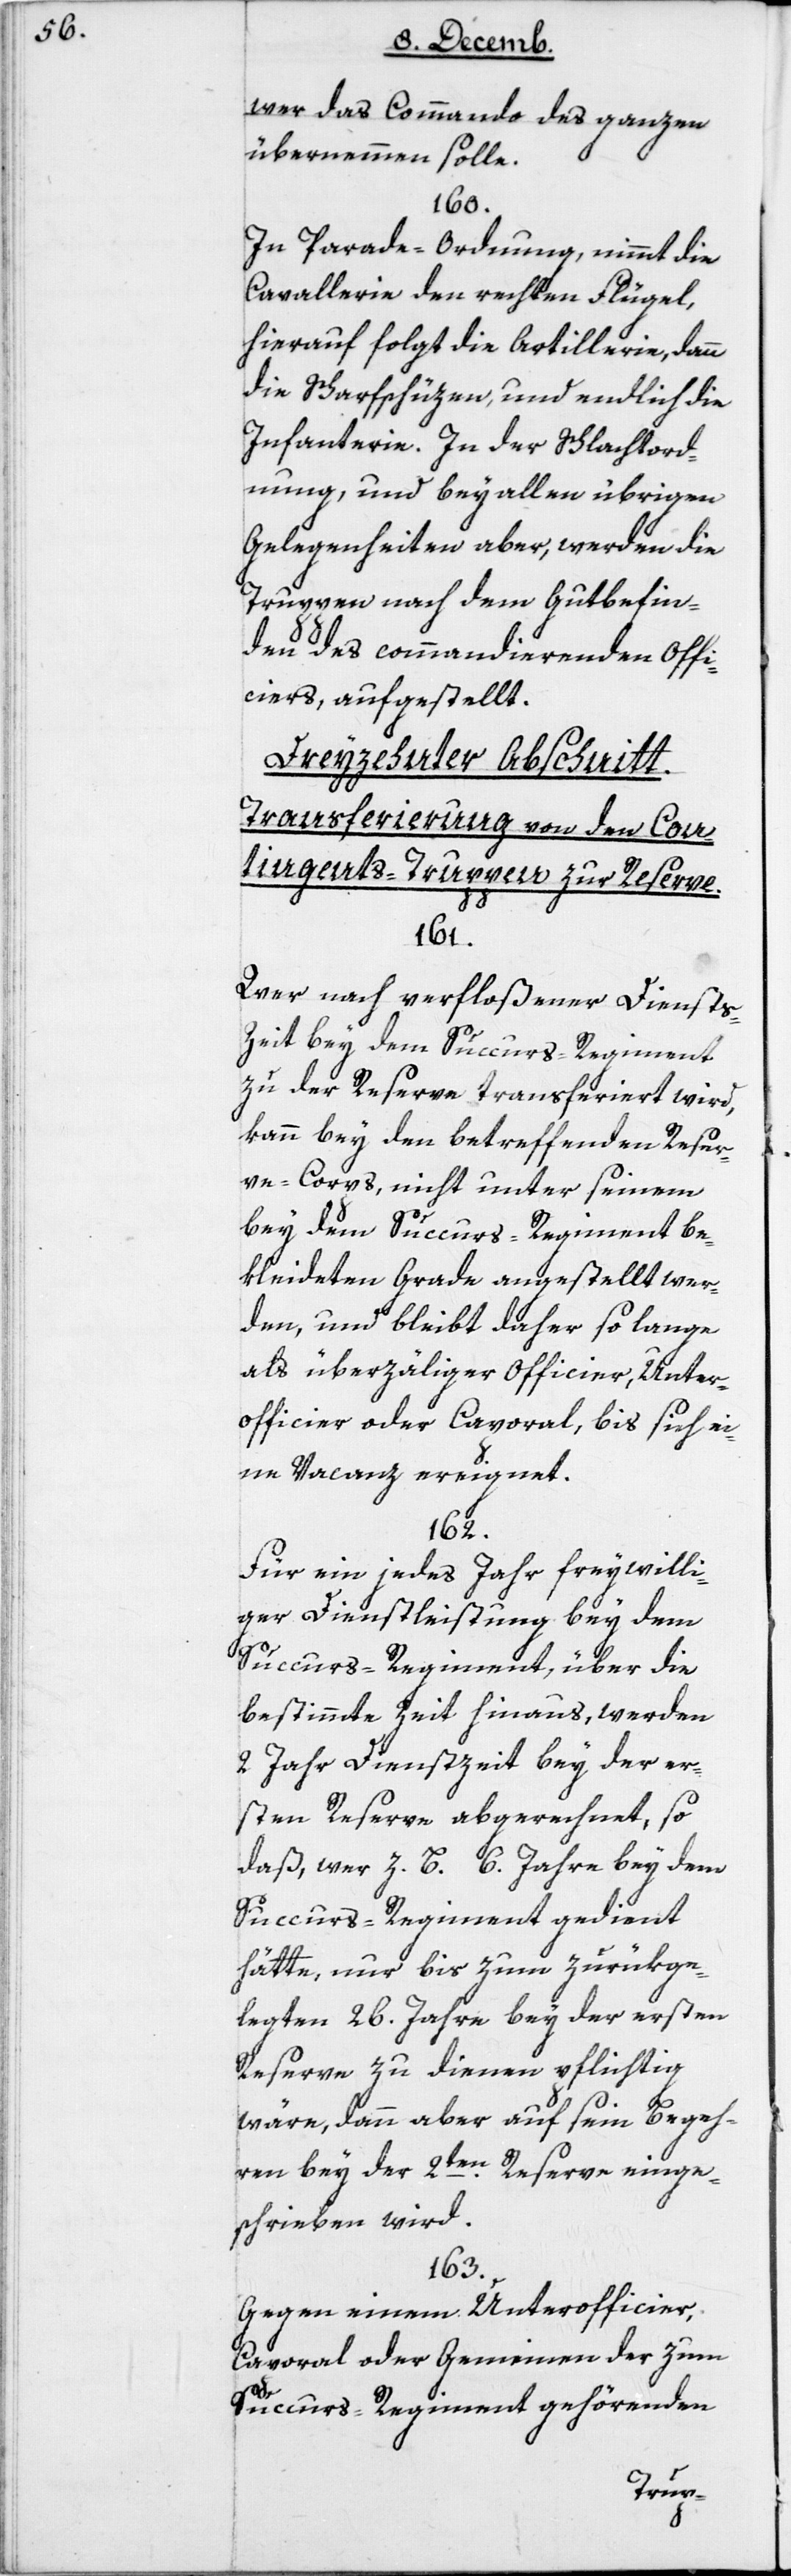
wer das Commando des Ganzen
übernehmen solle.
160.
In Parade-Ordnung nimmt die
Cavallerie den rechten Flügel,
hierauf folgt die Artillerie, dann
die Scharfschüzen und endlich die
Infanterie. In der Schlachtord¬
nung und bey allen übrigen
Gelegenheiten aber, werden die
Truppen nach dem Gutbefin¬
den des commandierenden Offi¬
ciers aufgestellt.
Dreizehnter Abschnitt:
Transferierung von den Con¬
tingents-Truppen zur Reserve.
161.
Wer nach verfloßener Diensts-Z¬
eit bey dem Succurs-Regiment
zu der Reserve transferiert wird,
kann bey den betreffenden Reser¬
ve-Corps nicht unter seinem
bey dem Succurs-Regiment be¬
kleideten Grade angestellt wer¬
den, und bleibt daher so lange
als überzähliger Officier, Unter¬
officier oder Caporal, bis sich ei¬
ne Vacanz ereignet.
162.
Für ein jedes Jahr freywilli¬
ger Dienstleistung bey dem
Succurs-Regiment über die
bestimmte Zeit hinaus, werden
2 Jahr Dienstzeit bey der er¬
sten Reserve abgerechnet, so
daß, wer z. B. 6 Jahre bey dem
Succurs-Regiment gedient
hätte, nur bis zum zurükge¬
legten 26ten Jahre bey der ersten
Reserve zu dienen pflichtig
wäre, dann aber auf sein Begeh¬
ren bey der 2ten Reserve einge¬
schrieben wird.
163.
Gegen einem Unterofficier,
Caporal oder Gemeinen der zum
Succurs-Regiment gehörenden